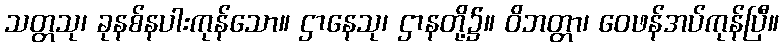
သတ္တသု၊ ခုနစ်နပါးကုန်သော။ ဌာနေသု၊ ဌာနတို့၌။ ဝိဘတ္တာ၊ ဝေဖန်အပ်ကုန်ပြီ။